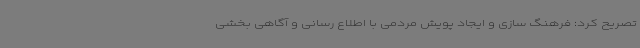
تصریح کرد: فرهنگ سازی و ایجاد پویش مردمی با اطلاع رسانی و آگاهی بخشی